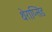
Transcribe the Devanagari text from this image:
थेराप्सिड